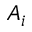
A _ { i }